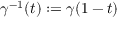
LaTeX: \gamma ^ { - 1 } ( t ) : = \gamma ( 1 - t )